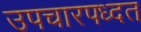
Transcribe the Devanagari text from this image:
उपचारपध्दत